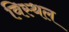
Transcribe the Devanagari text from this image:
विस्थल